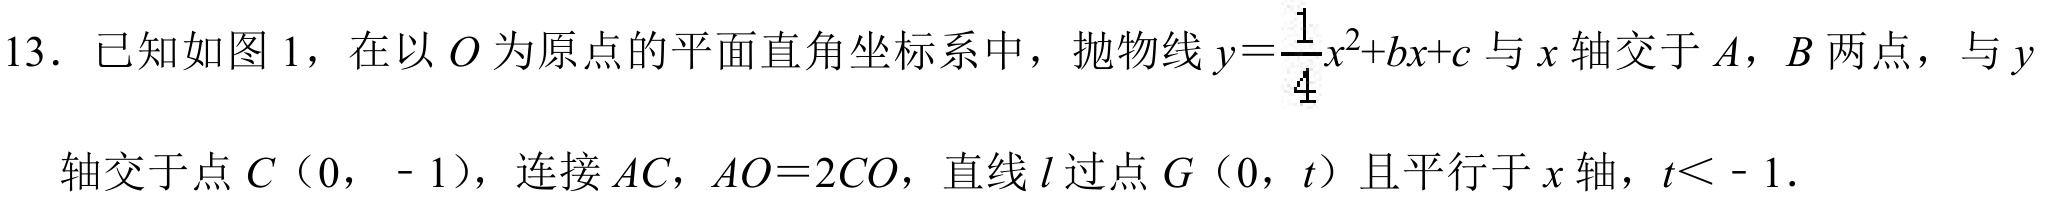
13. 已知如图1，在以\(O\)为原点的平面直角坐标系中，抛物线\(y = \dfrac{1}{4}x^{2}+bx + c\)与\(x\)轴交于\(A\)，\(B\)两点，与\(y\)轴交于点\(C\)（\(0\)，\(-1\)），连接\(AC\)，\(AO = 2CO\)，直线\(l\)过点\(G\)（\(0\)，\(t\)）且平行于\(x\)轴，\(t < - 1\).